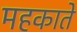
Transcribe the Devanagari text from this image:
महकाते